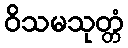
ဝိသမသုတ္တံ